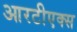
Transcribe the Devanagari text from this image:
आरटीएक्स